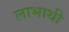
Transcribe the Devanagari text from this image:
लाभाथी